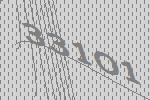
33101